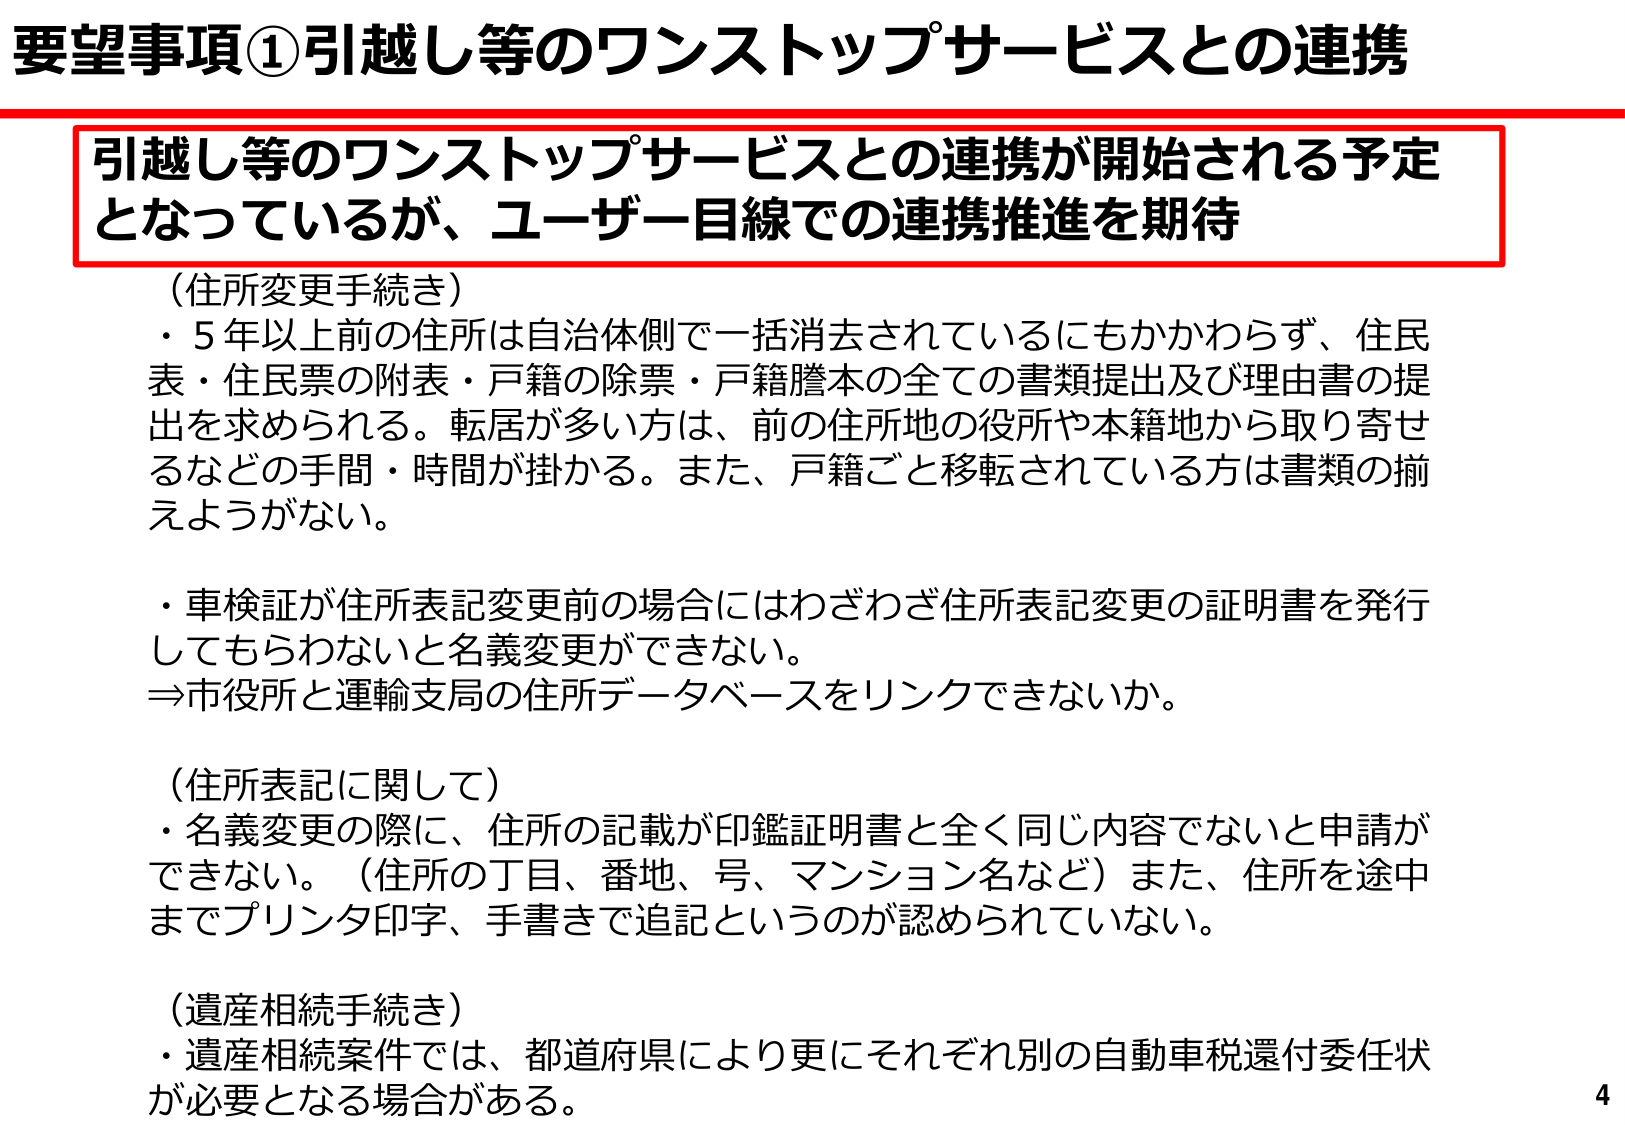
要望事項①引越し等のワンストップサービスとの連携

引越し等のワンストップサービスとの連携が開始される予定となっているが、ユーザー目線での連携推進を期待

（住所変更手続き）
・5年以上前の住所は自治体側で一括消去されているにもかかわらず、住民表・住民票の附表・戸籍の除票・戸籍謄本の全ての書類提出及び理由書の提出を求められる。転居が多い方は、前の住所地の役所や本籍地から取り寄せるなどの手間・時間が掛かる。また、戸籍ごと移転されている方は書類の揃えようがない。

・車検証が住所表記変更前の場合にはわざわざ住所表記変更の証明書を発行してもらわないと名義変更ができない。
⇒市役所と運輸支局の住所データベースをリンクできないか。

（住所表記に関して）
・名義変更の際に、住所の記載が印鑑証明書と全く同じ内容でないと申請ができない。（住所の丁目、番地、号、マンション名など）また、住所を途中までプリンタ印字、手書きで追記というのが認められていない。

（遺産相続手続き）
・遺産相続案件では、都道府県により更にそれぞれ別の自動車税還付委任状が必要となる場合がある。

4